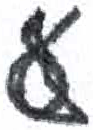
אות: ע